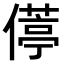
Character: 𫣦